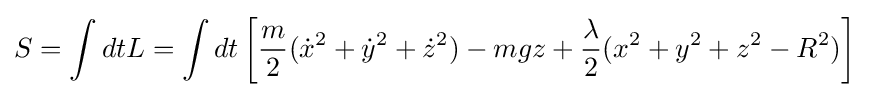
S=\int dtL=\int dt\left[{\frac {m}{2}}({\dot {x}}^{2}+{\dot {y}}^{2}+{\dot {z}}^{2})-mgz+{\frac {\lambda }{2}}(x^{2}+y^{2}+z^{2}-R^{2})\right]